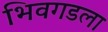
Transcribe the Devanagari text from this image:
भिवगडला